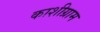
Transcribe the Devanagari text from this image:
काशीग्राम